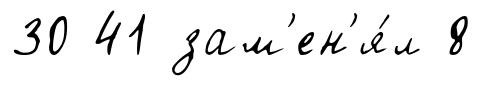
30 41 зам'ен'я́л 8